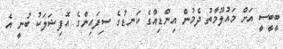
ބީބީސީ އަށް މައުލޫމާތު ދެމުން އިންޑިއާގެ ކަނޑުގެ ސިފައިންގެ އޮފިޝަލަކު ބުނީ އެ